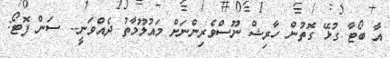
އާ ބޯޓާ ގުޅޭ ގޮތުން ހާރިޝް ނޫސްވެރިންނަށް މައުލޫމާތު ދެއްވަނީ-- ސަން ފޮޓޯ: